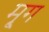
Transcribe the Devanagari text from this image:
मृ्ग